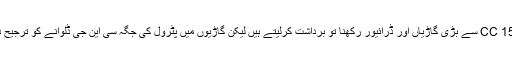
اسی طرح امیر لوگ CC 1500 سے بڑی گاڑیاں اور ڈرائیور رکھنا تو برداشت کرلیتے ہیں لیکن گاڑیوں میں پٹرول کی جگہ سی این جی ڈلوانے کو ترجیح دیتے ہوئے نظر آتے ہیں۔